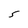
Character: 5